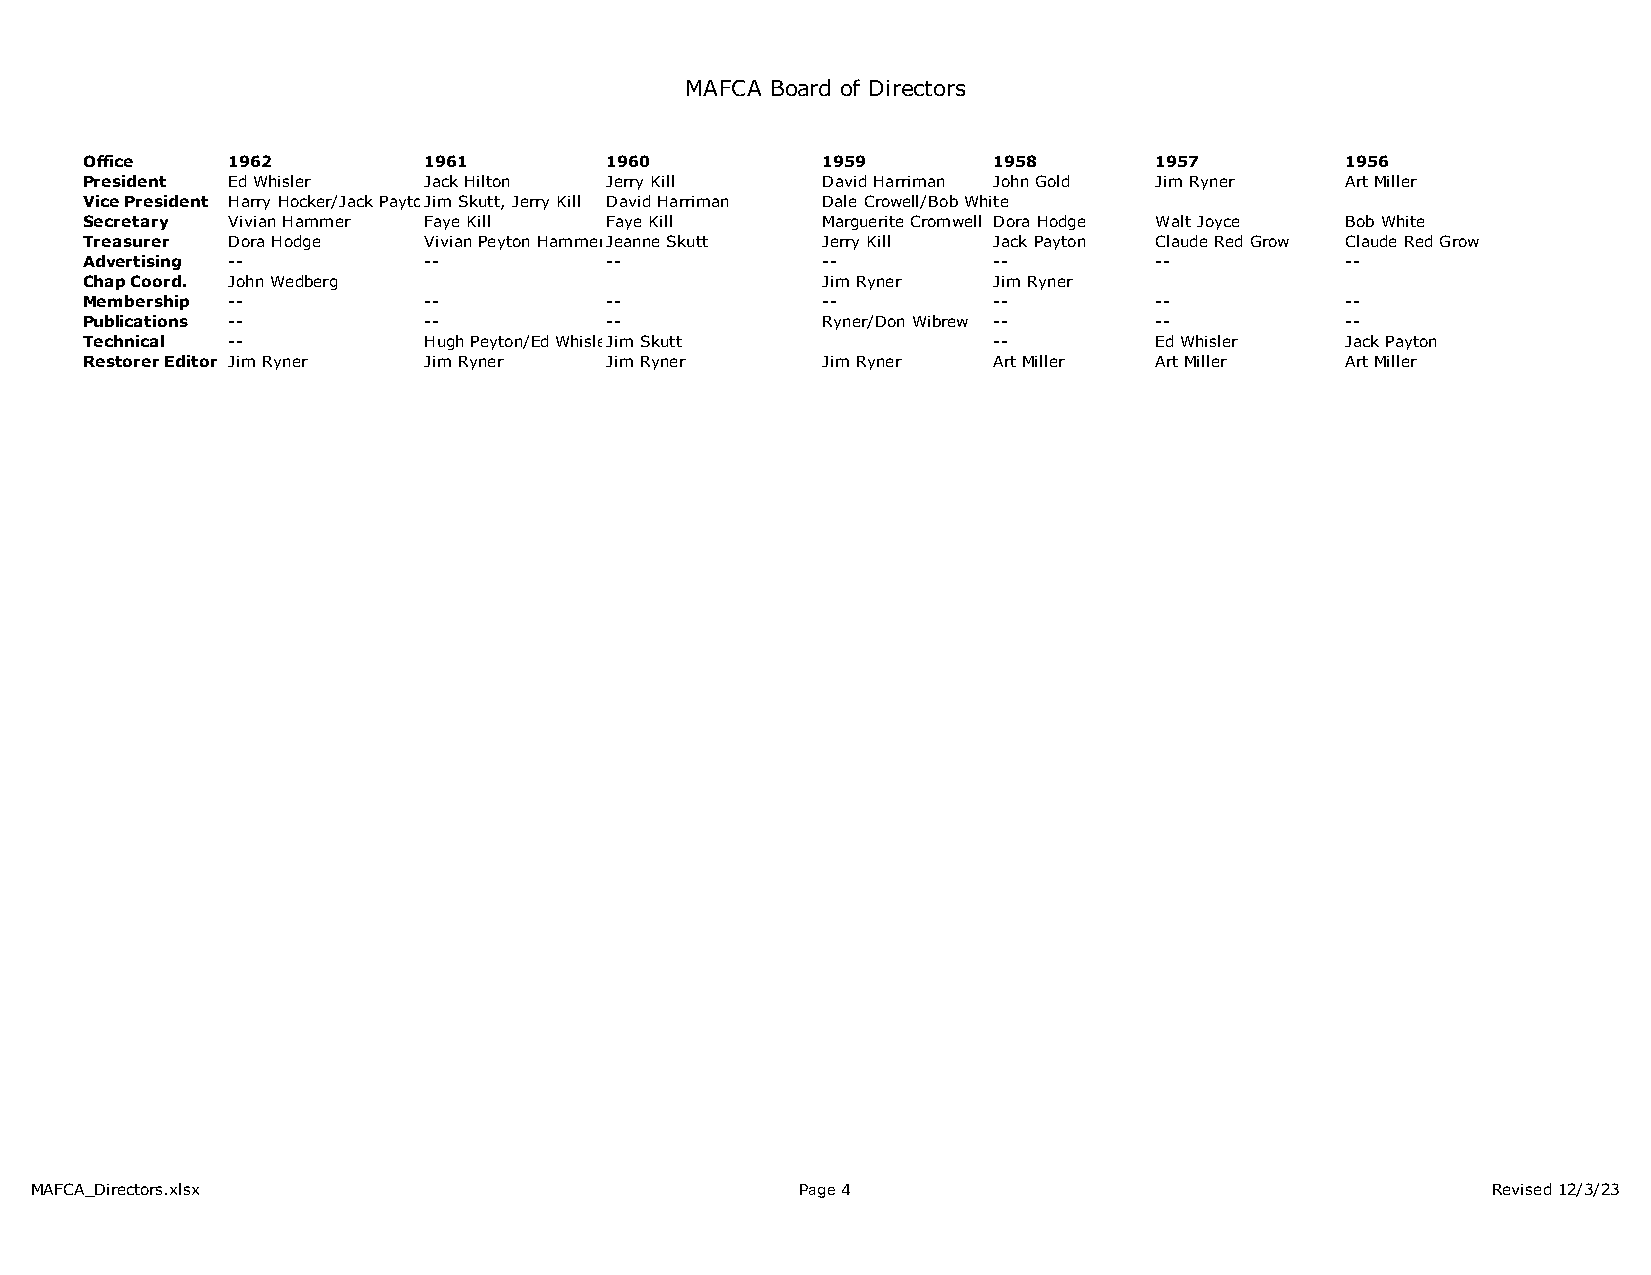
MAFCA Board of Directors
 Office   1962         1961        1960          1959        1958      1957         1956
 President Ed Whisler  Jack Hilton Jerry Kill    David Harriman John Gold Jim Ryner Art Miller
 Vice President Harry Hocker/Jack PaytonJim Skutt, Jerry Kill David Harriman Dale Crowell/Bob White
 Secretary Vivian Hammer Faye Kill Faye Kill     Marguerite Cromwell Dora Hodge Walt Joyce Bob White
 Treasurer Dora Hodge  Vivian Peyton HammerJeanne Skutt Jerry Kill Jack Payton Claude Red Grow Claude Red Grow
 Advertising --        --          --            --          --        --           --
 Chap Coord. John Wedberg                        Jim Ryner   Jim Ryner
 Membership --         --          --            --          --        --           --
 Publications --       --          --            Ryner/Don Wibrew --   --           --
 Technical --          Hugh Peyton/Ed WhisleJrim Skutt       --        Ed Whisler   Jack Payton
 Restorer Editor Jim Ryner Jim Ryner Jim Ryner   Jim Ryner   Art Miller Art Miller  Art Miller
 MAFCA_Directors.xlsx                               Page 4                                        Revised 12/3/23